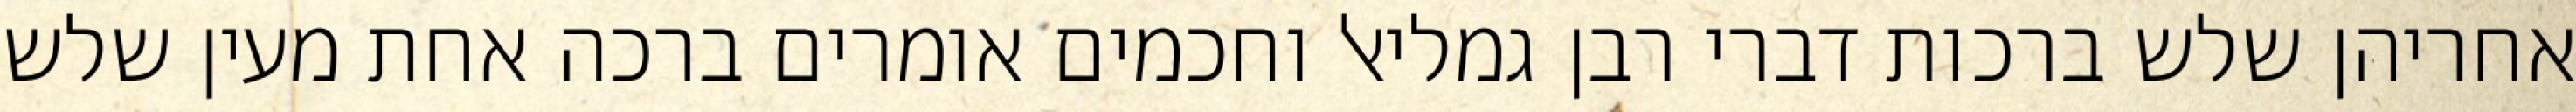
אחריהן שלש ברכות דברי רבן גמליאל וחכמים אומרים ברכה אחת מעין שלש